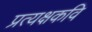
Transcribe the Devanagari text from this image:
प्रत्यक्षकवि